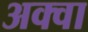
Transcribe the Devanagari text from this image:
अक्वा